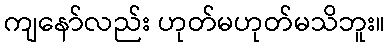
ကျနော်လည်း ဟုတ်မဟုတ်မသိဘူး။